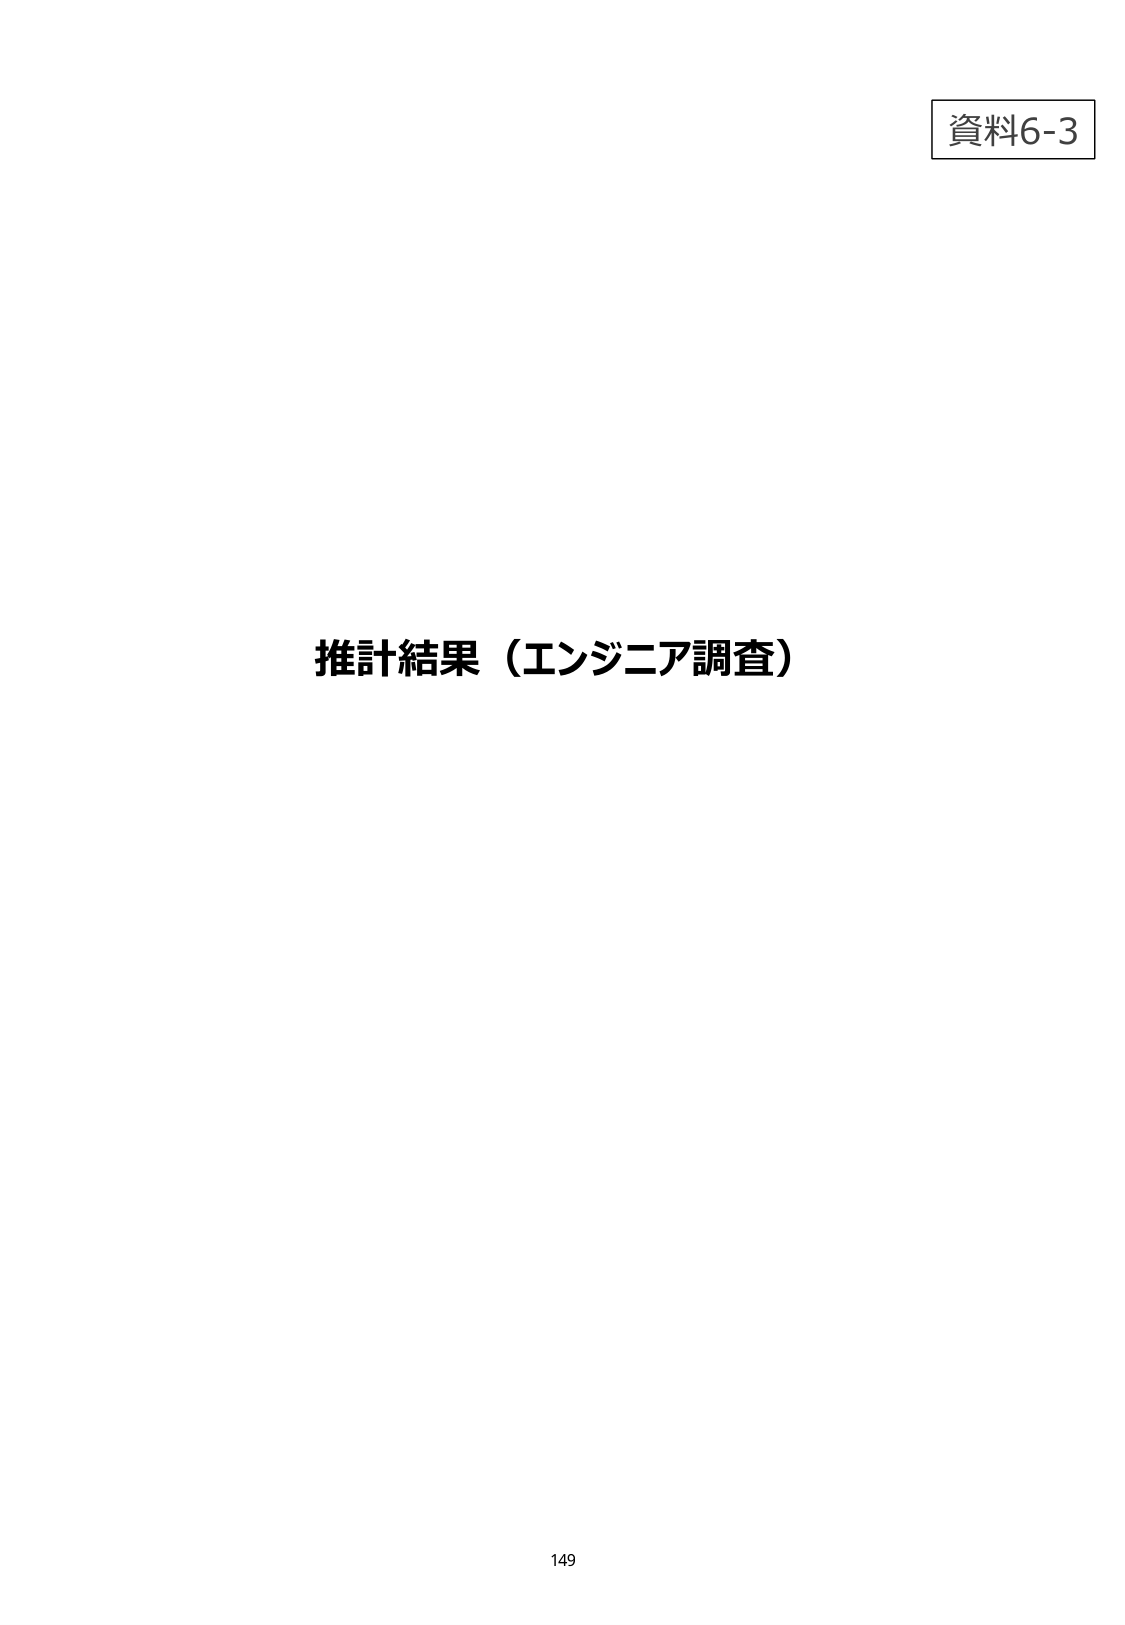
資料6-3
推計結果（エンジニア調査）
149